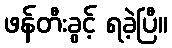
ဖန်တီးခွင့် ရခဲ့ပြီ။